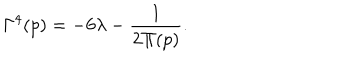
\Gamma ^ { 4 } ( p ) = - 6 \lambda - \frac { 1 } { 2 \Pi ( p ) } .